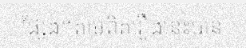
ផ្សែង។តាមពិតរឿងនេះបាន